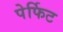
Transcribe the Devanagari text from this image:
पेर्फिट